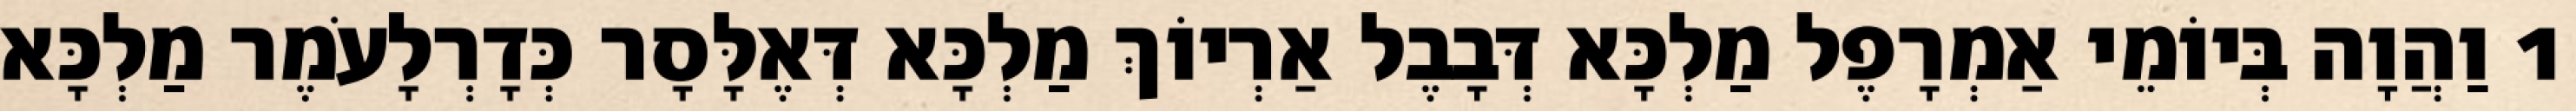
1 וַהֲוָה בְּיוֹמֵי אַמְרָפֶל מַלְכָּא דְּבָבֶל אַרְיוֹךְ מַלְכָּא דְּאֶלָּסָר כְּדָרְלָעֹמֶר מַלְכָּא